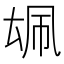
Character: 𪠜